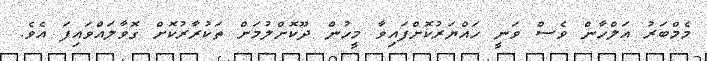
މެމްބަރު އަލްހާން ވެސް ވަނީ ހައްޔަރުކޮށްފައިވާ މީހުން ދޫކޮށްލުމަށް ތަކުރާރުކޮށް ގޮވާލައްވައިފަ އެވެ.